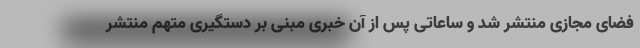
فضای مجازی منتشر شد و ساعاتی پس از آن خبری مبنی بر دستگیری متهم منتشر